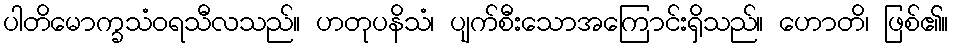
ပါတိမောက္ခသံဝရသီလသည်။ ဟတုပနိသံ၊ ပျက်စီးသောအကြောင်းရှိသည်။ ဟောတိ၊ ဖြစ်၏။